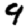
Digit: 9